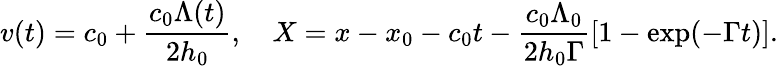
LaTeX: v(t)=c_{0}+\frac{c_{0}\Lambda(t)}{2h_{0}},~~~~X=x-x_{0}-c_{0}t-\frac{c_{0}\Lambda_{0}}{2h_{0}\Gamma}[1-\exp(-\Gamma t)].